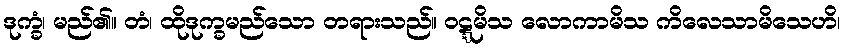
ဒုက္ခံ၊ မည်၏။ တံ၊ ထိုဒုက္ခမည်သော တရားသည်။ ဝဋ္ဋမိသ လောကာမိသ ကိလေသာမိသေဟိ၊